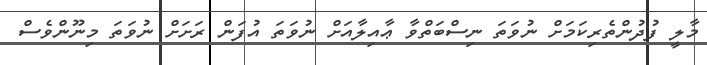
މާލީ ފުދުންތެރިކަމަށް ނުވަތަ ނިސްބަތްވާ ޢާއިލާއަށް ނުވަތަ އުފަން ރަށަށް ނުވަތަ މިނޫންވެސް